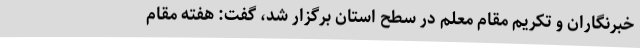
خبرنگاران و تکریم مقام معلم در سطح استان برگزار شد، گفت: هفته مقام